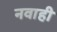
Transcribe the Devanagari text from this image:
नवाही